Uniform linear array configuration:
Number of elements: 64
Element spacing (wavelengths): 0.5
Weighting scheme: binomial
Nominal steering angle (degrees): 60
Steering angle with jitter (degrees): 61.052
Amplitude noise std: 0.05
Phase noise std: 0.05

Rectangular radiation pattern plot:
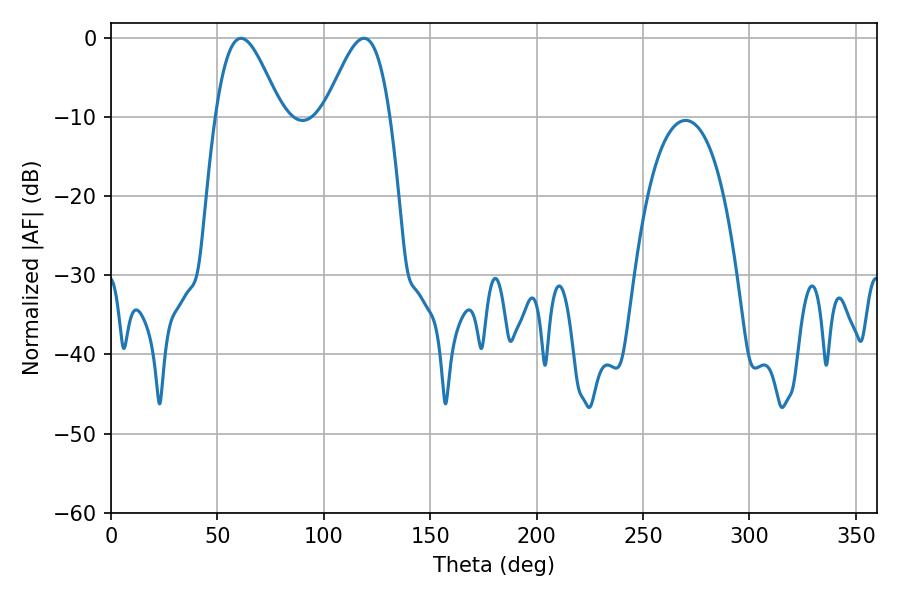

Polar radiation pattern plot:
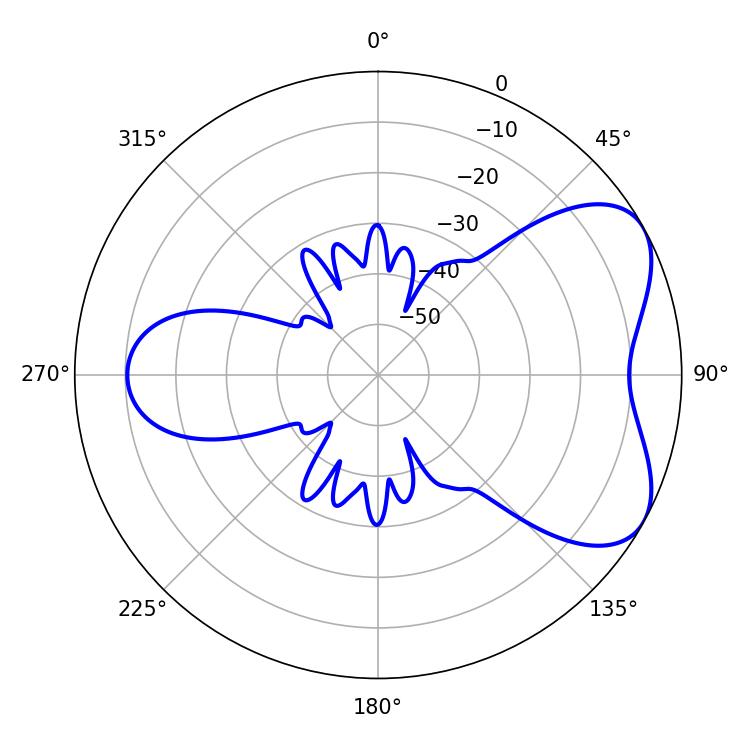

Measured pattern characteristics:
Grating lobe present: FALSE
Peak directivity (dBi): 5.615
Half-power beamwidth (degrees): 16.38
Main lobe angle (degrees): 61.02